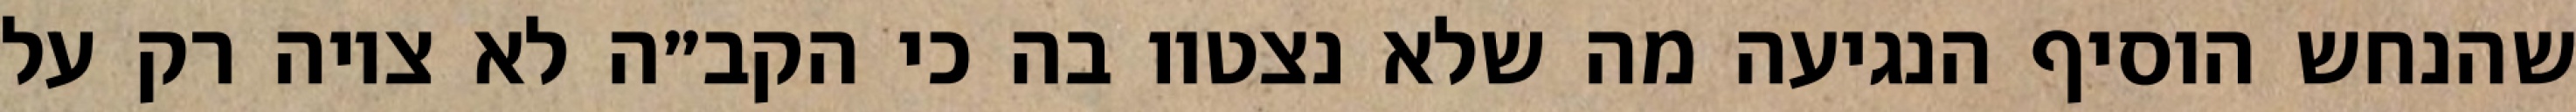
שהנחש הוסיף הנגיעה מה שלא נצטוו בה כי הקב״ה לא ציוה רק על